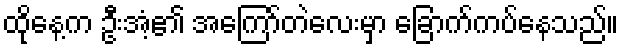
ထိုနေ့က ဦးအံ့၏ အကြော်တဲလေးမှာ ခြောက်ကပ်နေသည်။